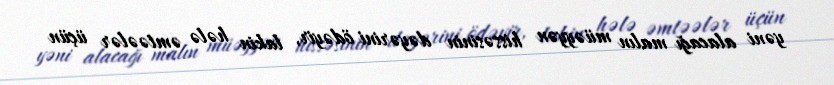
yəni alacağı malın müəyyən hissəsinin dəyərini ödəyir, lakin hələ əmtəələr üçün